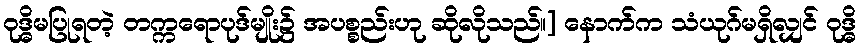
ဝုဒ္ဓိမပြုရတဲ့ တက္ကရောပုဒ်မျိုး၌ အပစ္စည်းဟု ဆိုလိုသည်။] နောက်က သံယုဂ်မရှိလျှင် ဝုဒ္ဓိ